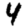
Digit: 4